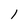
Character: 1